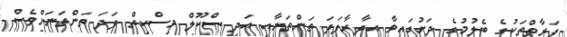
ފަރާތްތަކުގެ ބެލުމުގެ ދަށުގައިވާ އިދާރާފަދަ ތަންތަނާއި އަދި ސްކޫލް މިސްކިތް ފަދަ ތަންތަނަށްވެސް